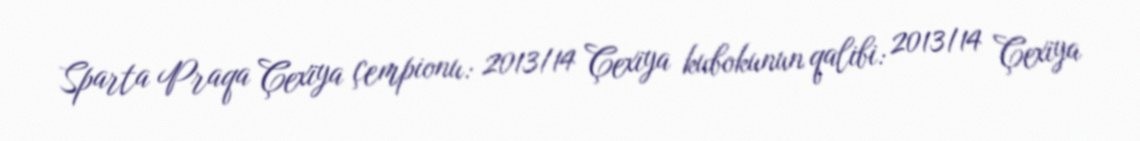
Sparta Praqa Çexiya çempionu: 2013/14 Çexiya kubokunun qalibi: 2013/14 Çexiya